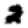
Digit: 2